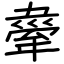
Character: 舝